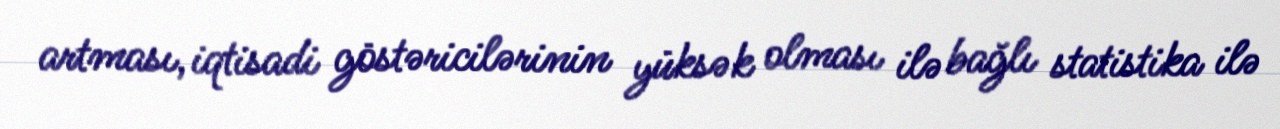
artması, iqtisadi göstəricilərinin yüksək olması ilə bağlı statistika ilə